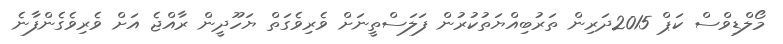
މޯލްޑިވްސް ކަޕް 2015ދަރިން ތަރުބިއްޔަތުކުރުން ފަލަސްތީނަށް ވެރިވެގަތް ޔަހޫދީން ރާއްޖެ އަށް ވެރިވެގެންފާނެ